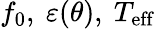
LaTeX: f_{0},\ \varepsilon(\theta),\ T_{\mathrm{eff}}